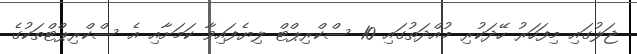
ޖަލުގައި މިފަހަރު ހޭދަކުރި މުއްދަތުގައި 10 ސްކްރިޕްޓް ލިޔެފައިވާ ކަމަށާއި އެ ސްކްރިޕްޓްތަކުގެ